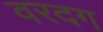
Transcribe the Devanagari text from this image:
वरदग